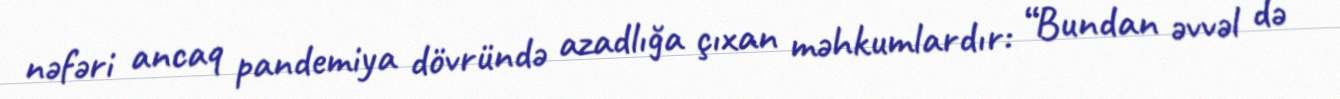
nəfəri ancaq pandemiya dövründə azadlığa çıxan məhkumlardır: “Bundan əvvəl də